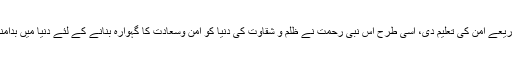
جس طرح اللہ کے رسولﷺ نے اپنے اقوال و تعلیمات اور اخلاق و کردار کے ذریعے امن کی تعلیم دی، اسی طرح اس نبی رحمت نے ظلم و شقاوت کی دنیا کو امن وسعادت کا گہوارہ بنانے کے لئے دنیا میں بدامنی و خونریزی کے جواسباب ہوسکتے تھے ایک ایک کر کے ان کو ختم کر دیا۔